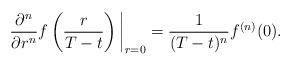
LaTeX: \begin{align*}\frac{\partial^n}{\partial r^n}f\left(\frac{r}{T-t}\right)\bigg|_{r=0}=\frac{1}{(T-t)^n}f^{(n)}(0).\end{align*}